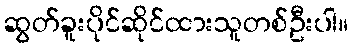
ဆွတ်ခူးပိုင်ဆိုင်ထားသူတစ်ဦးပါ။